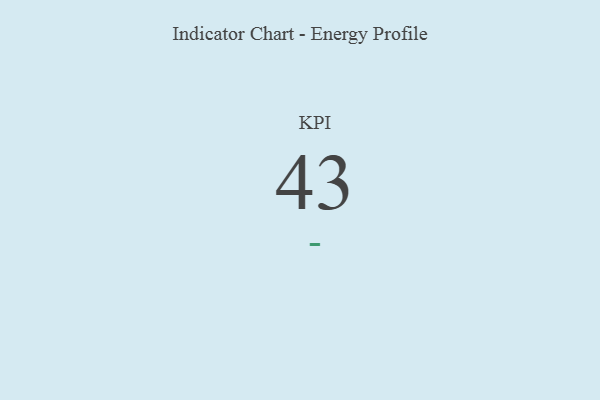
{"axis": {"x": "KPI", "y": "Value"}, "legend": [""], "data": [{"x": "KPI", "y": 43, "type": ""}]}